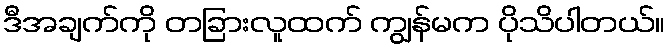
ဒီအချက်ကို တခြားလူထက် ကျွန်မက ပိုသိပါတယ်။